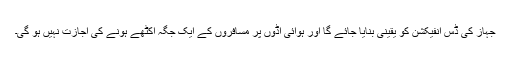
جہاز کی ڈس انفیکشن کو یقینی بنایا جائے گا اور ہوائی اڈوں پر مسافروں کے ایک جگہ اکٹھے ہونے کی اجازت نہیں ہو گی۔